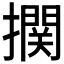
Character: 𰔴